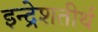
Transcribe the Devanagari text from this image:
इन्द्रेशतीर्थ